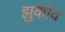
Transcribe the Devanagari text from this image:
झुकोव